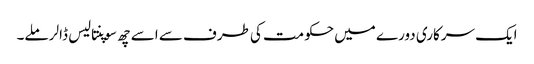
ایک سرکاری دورے میں حکومت کی طرف سے اسے چھ سوپنتالیس ڈالر ملے۔